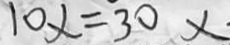
1 0 x = 3 0 x \cdot